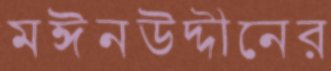
মঈনউদ্দীনের